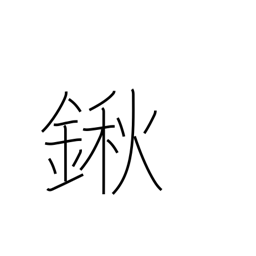
Meaning: hoe with long blade at acute angle